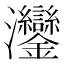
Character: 𬉲